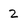
Character: 2